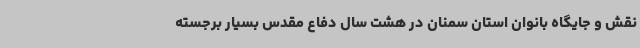
نقش و جایگاه بانوان استان سمنان در هشت سال دفاع مقدس بسیار برجسته